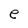
Character: e